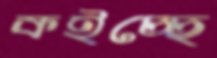
কইচ্ছে